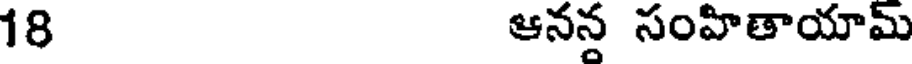
18 ఆనన సంహితాయామ్